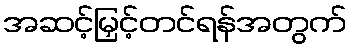
အဆင့်မြှင့်တင်ရန်အတွက်